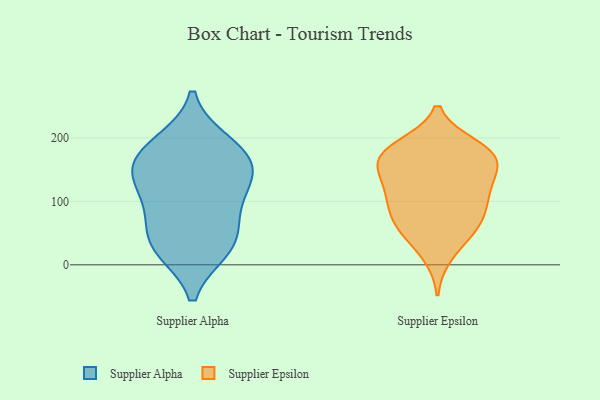
{"axis": {"x": "Gross Profit (USD K)", "y": "Value"}, "legend": ["Supplier Alpha", "Supplier Epsilon"], "data": [{"x": "", "y": 66, "type": "Supplier Alpha"}, {"x": "", "y": 161, "type": "Supplier Alpha"}, {"x": "", "y": 24, "type": "Supplier Alpha"}, {"x": "", "y": 29, "type": "Supplier Alpha"}, {"x": "", "y": 138, "type": "Supplier Alpha"}, {"x": "", "y": 160, "type": "Supplier Alpha"}, {"x": "", "y": 142, "type": "Supplier Alpha"}, {"x": "", "y": 193, "type": "Supplier Alpha"}, {"x": "", "y": 30, "type": "Supplier Alpha"}, {"x": "", "y": 187, "type": "Supplier Alpha"}, {"x": "", "y": 112, "type": "Supplier Alpha"}, {"x": "", "y": 88, "type": "Supplier Alpha"}, {"x": "", "y": 75, "type": "Supplier Epsilon"}, {"x": "", "y": 155, "type": "Supplier Epsilon"}, {"x": "", "y": 182, "type": "Supplier Epsilon"}, {"x": "", "y": 52, "type": "Supplier Epsilon"}, {"x": "", "y": 131, "type": "Supplier Epsilon"}, {"x": "", "y": 57, "type": "Supplier Epsilon"}, {"x": "", "y": 163, "type": "Supplier Epsilon"}, {"x": "", "y": 107, "type": "Supplier Epsilon"}, {"x": "", "y": 58, "type": "Supplier Epsilon"}, {"x": "", "y": 180, "type": "Supplier Epsilon"}, {"x": "", "y": 187, "type": "Supplier Epsilon"}, {"x": "", "y": 142, "type": "Supplier Epsilon"}, {"x": "", "y": 120, "type": "Supplier Epsilon"}, {"x": "", "y": 97, "type": "Supplier Epsilon"}, {"x": "", "y": 172, "type": "Supplier Epsilon"}, {"x": "", "y": 172, "type": "Supplier Epsilon"}, {"x": "", "y": 15, "type": "Supplier Epsilon"}, {"x": "", "y": 94, "type": "Supplier Epsilon"}]}